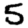
Digit: 5